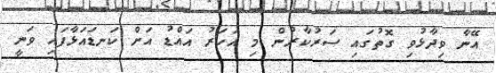
އޭނާ ވިދާޅުވި ގޮތުގައި ސަރުކާރުން މި އަހަރު އައްޑު އަށް ކަނޑައަޅާފައި ވަނީ